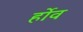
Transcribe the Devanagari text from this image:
र्होव